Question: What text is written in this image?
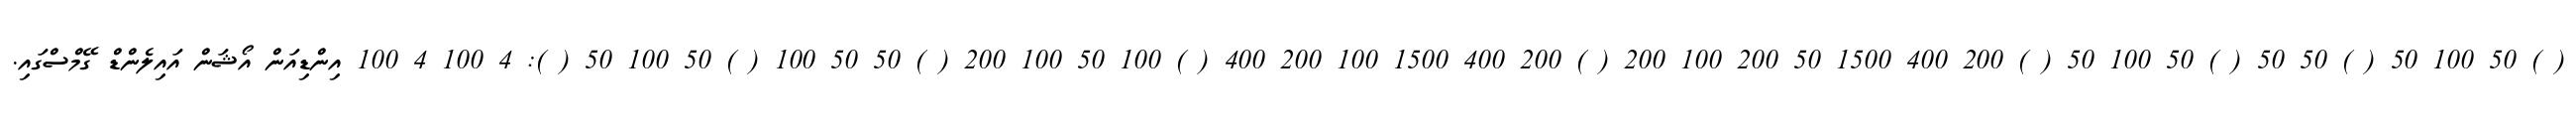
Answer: ( ) 50 100 50 ( ) 50 50 ( ) 50 100 50 ( ) 200 400 1500 50 200 100 200 ( ) 200 400 1500 100 200 400 ( ) 100 50 100 200 ( ) 50 50 100 ( ) 50 100 50 ( ): 4 100 4 100 އިންޑިއަން އޯޝަން އައިލެންޑް ގޭމްސްގައި.